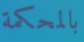
بالمحكمة